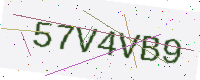
Text: 57V4VB9